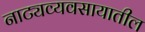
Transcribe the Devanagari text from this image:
नाट्यव्यवसायातील